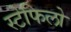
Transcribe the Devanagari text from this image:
स्टेफिलो